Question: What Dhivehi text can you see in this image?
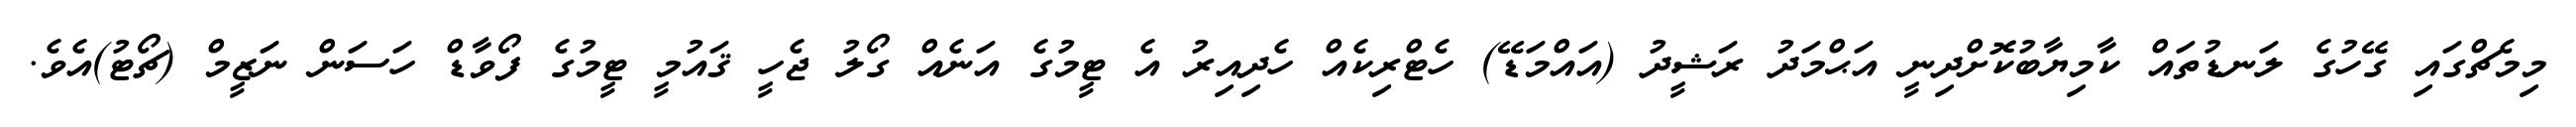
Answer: މިމެޗްގައި ގޭހުގެ ލަނޑުތައް ކާމިޔާބުކޮށްދިނީ އަޙްމަދު ރަޝީދު (އައްމަޑޭ) ހެޓްރިކެއް ހެދިއިރު އެ ޓީމުގެ އަނެއް ގޯލު ޖެހީ ޤައުމީ ޓީމުގެ ފޯވާޑް ހަސަން ނަޒީމް (ޗޯޓު)އެވެ.